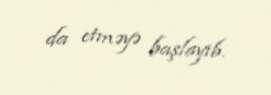
da etməyə başlayıb.